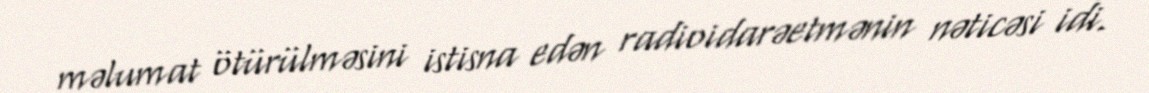
məlumat ötürülməsini istisna edən radioidarəetmənin nəticəsi idi.